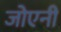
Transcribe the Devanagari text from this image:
जोएनी